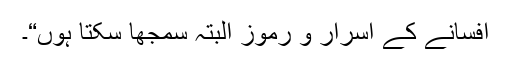
افسانے کے اسرار و رموز البتہ سمجھا سکتا ہوں“۔